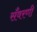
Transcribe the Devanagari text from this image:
सँवरणी